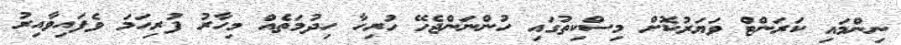
ނިންމައި ކަރަންޓް ވަޔަރުކޮށް މިސްކިތުގައި ހުންނަންޖެހޭ ހުރިހާ ހިދުމަތެއް މިހާރު ފުރިހަމަ ވެފައިވާއިރު